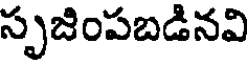
సృజింపబడినవి